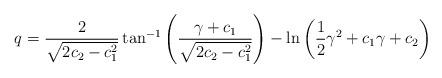
LaTeX: \begin{align*} q=\frac{2}{\sqrt{2c_2-c_1^2}}\tan^{-1}{\left(\frac{\gamma+c_1}{\sqrt{2c_2-c_1^2}}\right)}-\ln{\left(\frac{1}{2}\gamma^2+c_1\gamma+c_2\right)}\end{align*}